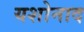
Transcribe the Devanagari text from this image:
यशोनाद